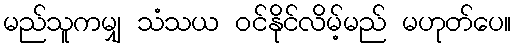
မည်သူကမျှ သံသယ ဝင်နိုင်လိမ့်မည် မဟုတ်ပေ။